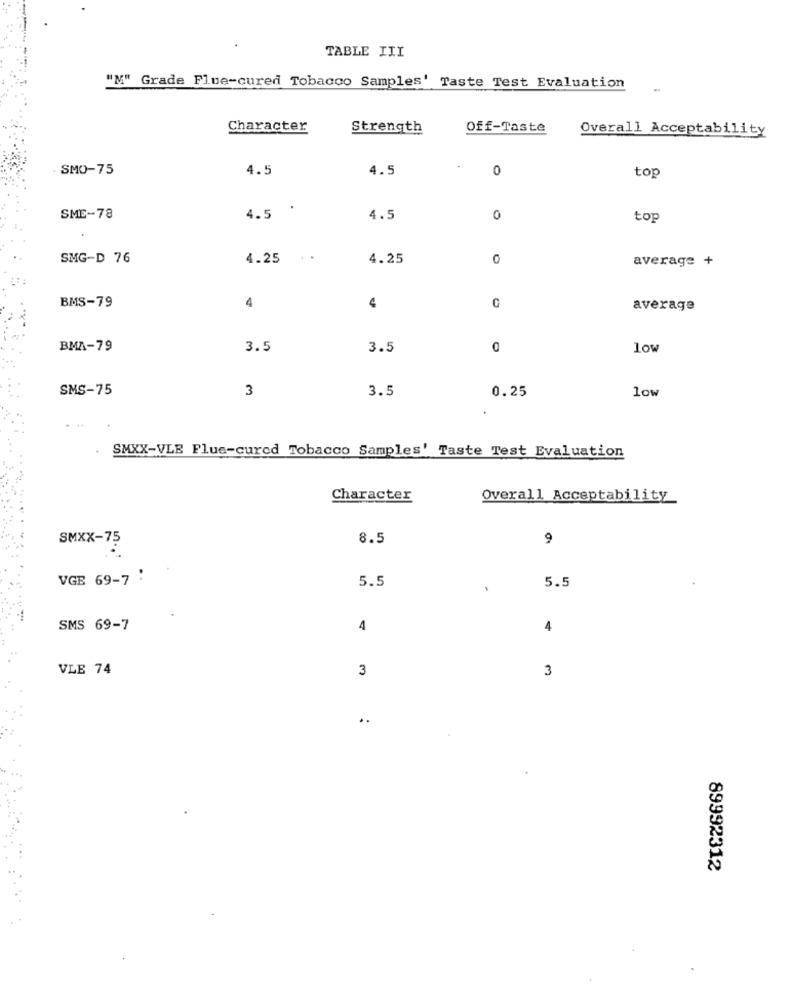
TABLE III
"M" Grade Flue-cured Tobacco Samples' Taste Test Evaluation
Character
Strength
Off-Taste
Overall Acceptability
SMO-75
4.5
4.5
0
top
.
SME-78
4.5
4.5
0
to
SMG-D 76
4.25
. .
4.25
0
average +
BMS-79
4
4
0
average
BMA-79
3.5
3.5
low
SMS-75
3
3.5
0.25
low
SMXX-VLE Flue-cured Tobacco Samples' Taste Test Evaluation
Character
Overall Acceptability
SMXX-75
8.5
9
VGE 69-7 :
5.5
5.5
SMS 69-7
4
4
VLE 74
3
3
..
89992312